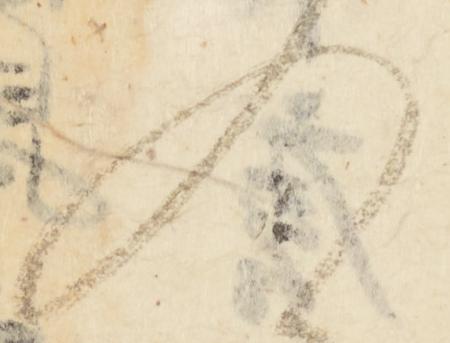
入